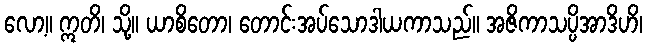
လော့။ ဣတိ၊ သို့။ ယာစိတော၊ တောင်းအပ်သောဒါယကာသည်။ အဇိကာသပ္ပိအာဒိဟိ၊